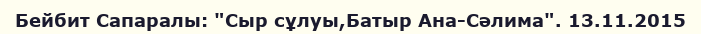
Бейбит Сапаралы: "Сыр сұлуы,Батыр Ана-Сәлима". 13.11.2015